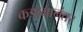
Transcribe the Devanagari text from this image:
कडव्यानंतर